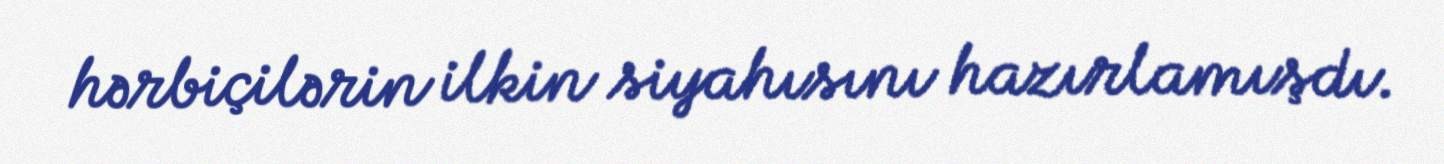
hərbiçilərin ilkin siyahısını hazırlamışdı.